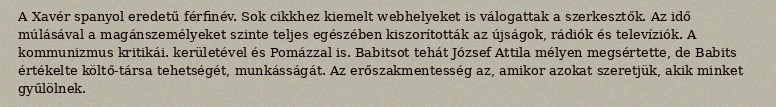
A Xavér spanyol eredetű férfinév. Sok cikkhez kiemelt webhelyeket is válogattak a szerkesztők. Az idő múlásával a magánszemélyeket szinte teljes egészében kiszorították az újságok, rádiók és televíziók. A kommunizmus kritikái. kerületével és Pomázzal is. Babitsot tehát József Attila mélyen megsértette, de Babits értékelte költő-társa tehetségét, munkásságát. Az erőszakmentesség az, amikor azokat szeretjük, akik minket gyűlölnek.